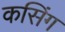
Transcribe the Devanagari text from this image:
कसिंग